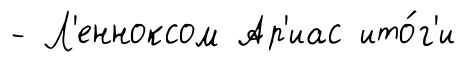
- Л'енноксом Ар'иас ито́г'и